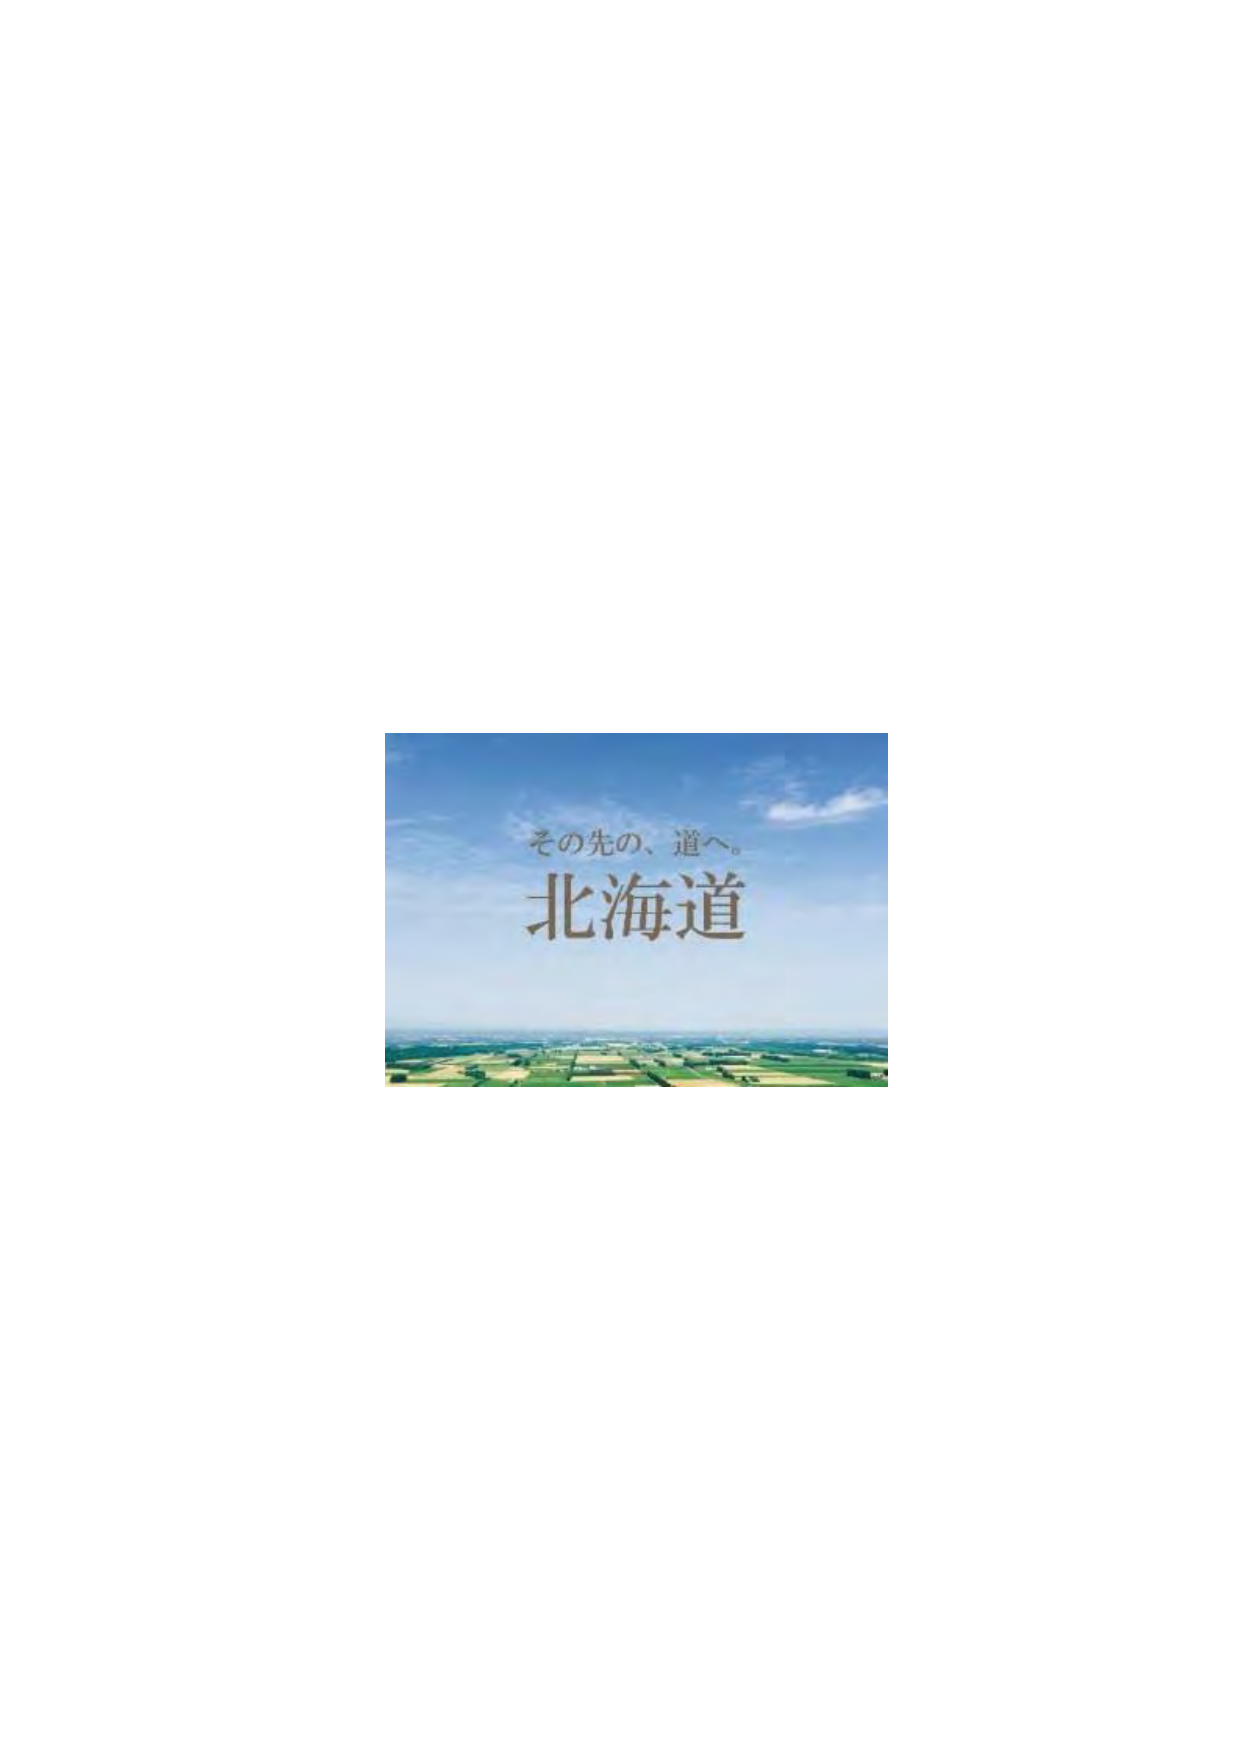
その先の、道へ。
北海道